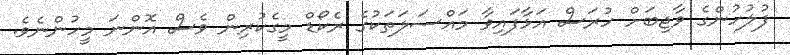
ފުލުހުންގެ ވާޖިބަށް ހުރަސް އަޅާފައިވާ މައްސަލަތަކުގެ ރެކޯޑް މީގެކުރިން ވެސް އޮންނަ މީހުންނެވެ.